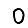
Digit: 0